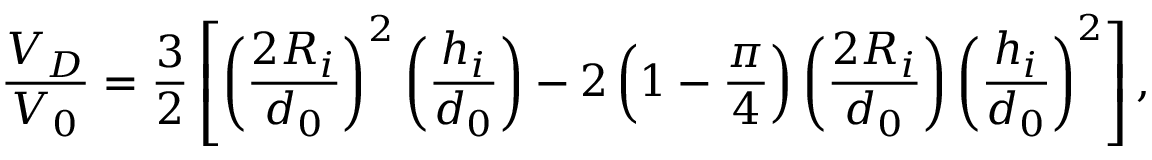
\frac { V _ { D } } { V _ { 0 } } = \frac { 3 } { 2 } \left[ \left( \frac { 2 R _ { i } } { d _ { 0 } } \right) ^ { 2 } \left( \frac { h _ { i } } { d _ { 0 } } \right) - 2 \left( 1 - \frac { \pi } { 4 } \right) \left( \frac { 2 R _ { i } } { d _ { 0 } } \right) \left( \frac { h _ { i } } { d _ { 0 } } \right) ^ { 2 } \right] ,